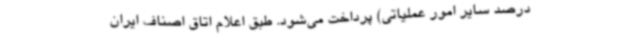
درصد سایر امور عملیاتی) پرداخت می‌شود. طبق اعلام اتاق اصناف ایران